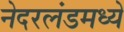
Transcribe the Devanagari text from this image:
नेदरलंडमध्ये